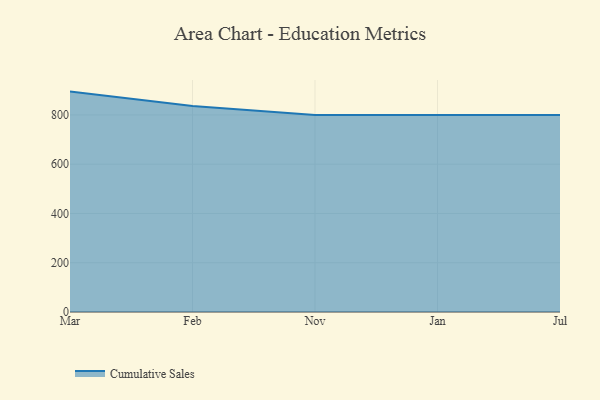
{"axis": {"x": "Month", "y": "Tickets Resolved"}, "legend": ["Cumulative Sales"], "data": [{"x": "Mar", "y": 894.7, "type": "Cumulative Sales"}, {"x": "Feb", "y": 836.3, "type": "Cumulative Sales"}, {"x": "Nov", "y": 800, "type": "Cumulative Sales"}, {"x": "Jan", "y": 800, "type": "Cumulative Sales"}, {"x": "Jul", "y": 800, "type": "Cumulative Sales"}]}